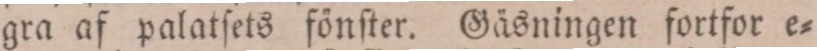
gra af palatſets fönſter. Gäsningen fortfor e=